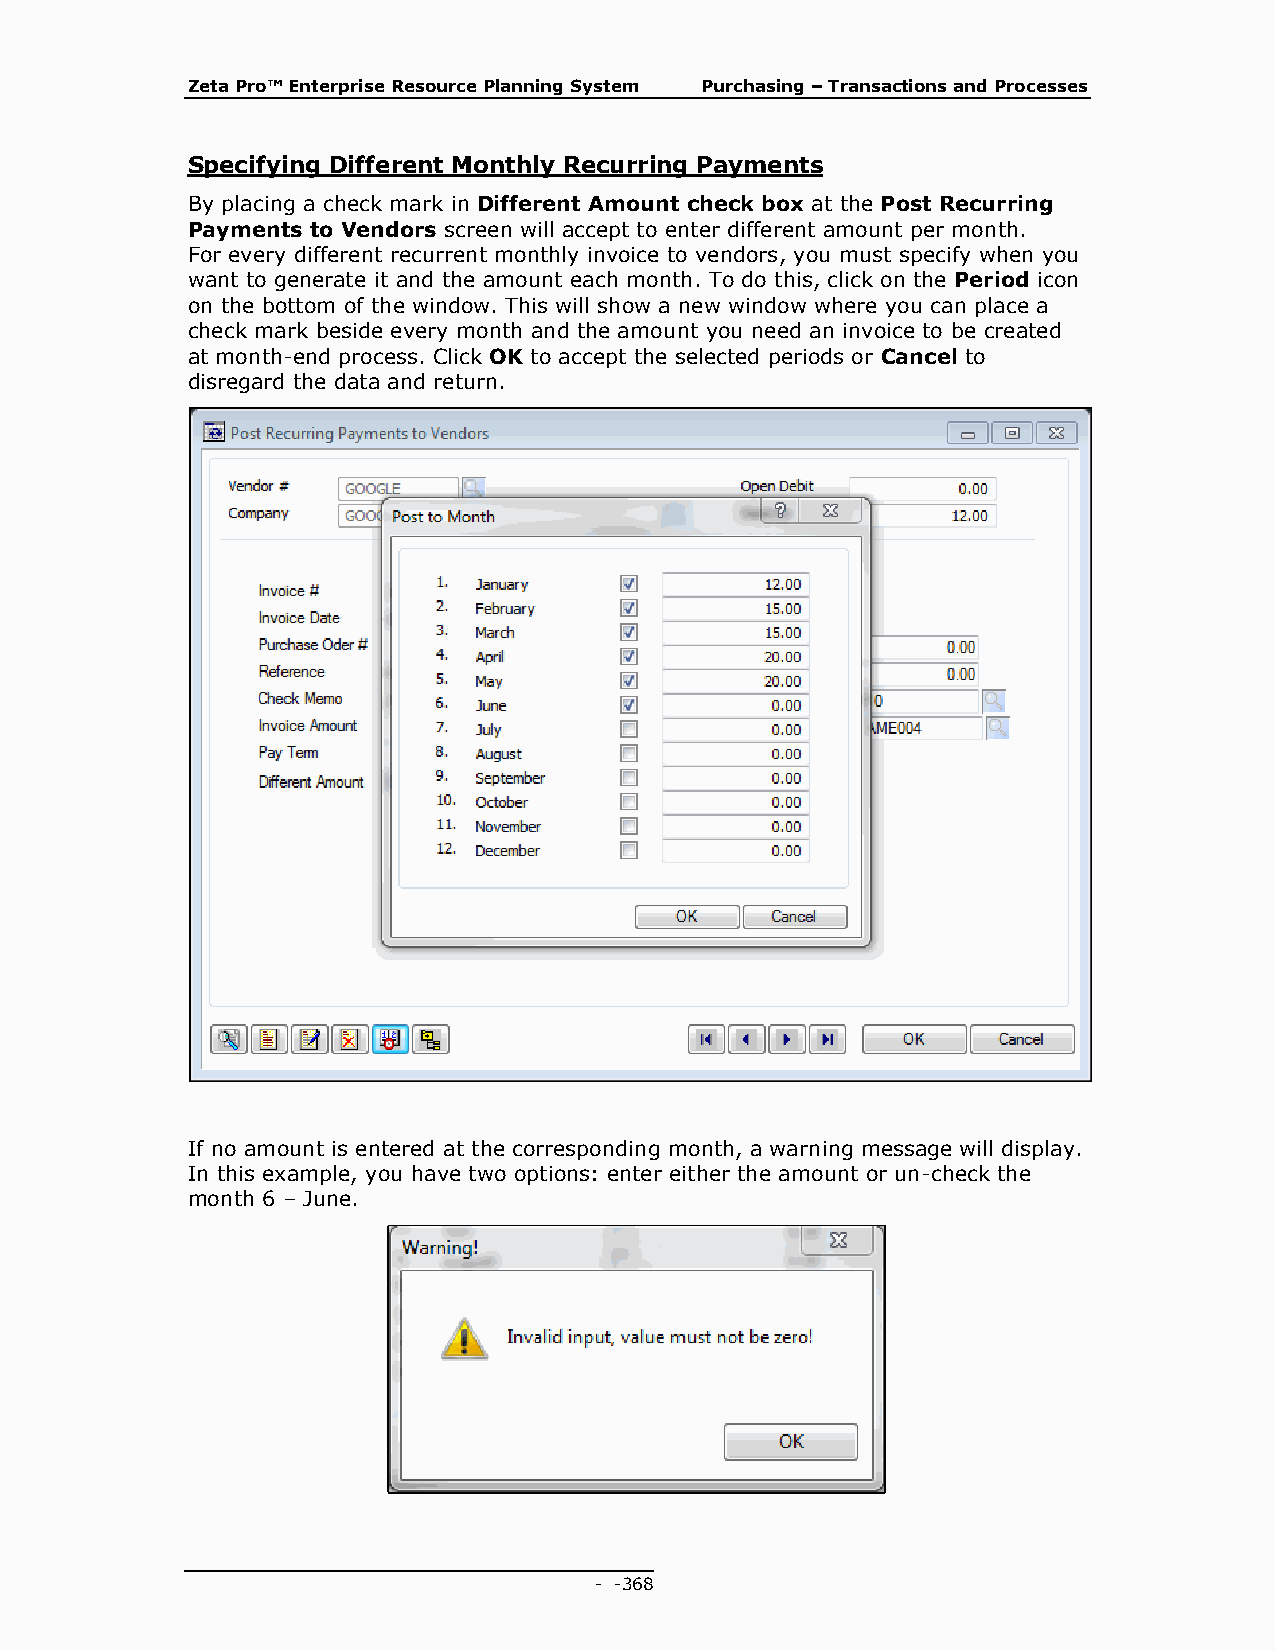
Zeta Pro™ Enterprise Resource Planning System Purchasing – Transactions and Processes
 Specifying Different Monthly Recurring Payments
 By placing a check mark in Different Amount check box at the Post Recurring
 Payments to Vendors screen will accept to enter different amount per month.
 For every different recurrent monthly invoice to vendors, you must specify when you
 want to generate it and the amount each month. To do this, click on the Period icon
 on the bottom of the window. This will show a new window where you can place a
 check mark beside every month and the amount you need an invoice to be created
 at month-end process. Click OK to accept the selected periods or Cancel to
 disregard the data and return.
 If no amount is entered at the corresponding month, a warning message will display.
 In this example, you have two options: enter either the amount or un-check the
 month 6 – June.
 - - 368